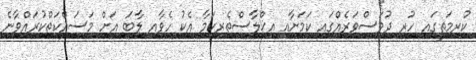
ކުރިމަތީގައި ހުރި ދުވަސްވަރެއްގައި ކަމަށާއި އިޚްލާސްތެރިކަމާ އެކު ހެވާއި ލާބަ އަށް މަސައްކަތްކުރައްވާނެ